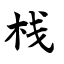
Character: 栈